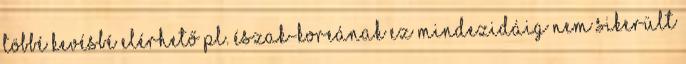
többé kevésbé elérhető pl. Észak-Koreának ez mindezidáig nem sikerült